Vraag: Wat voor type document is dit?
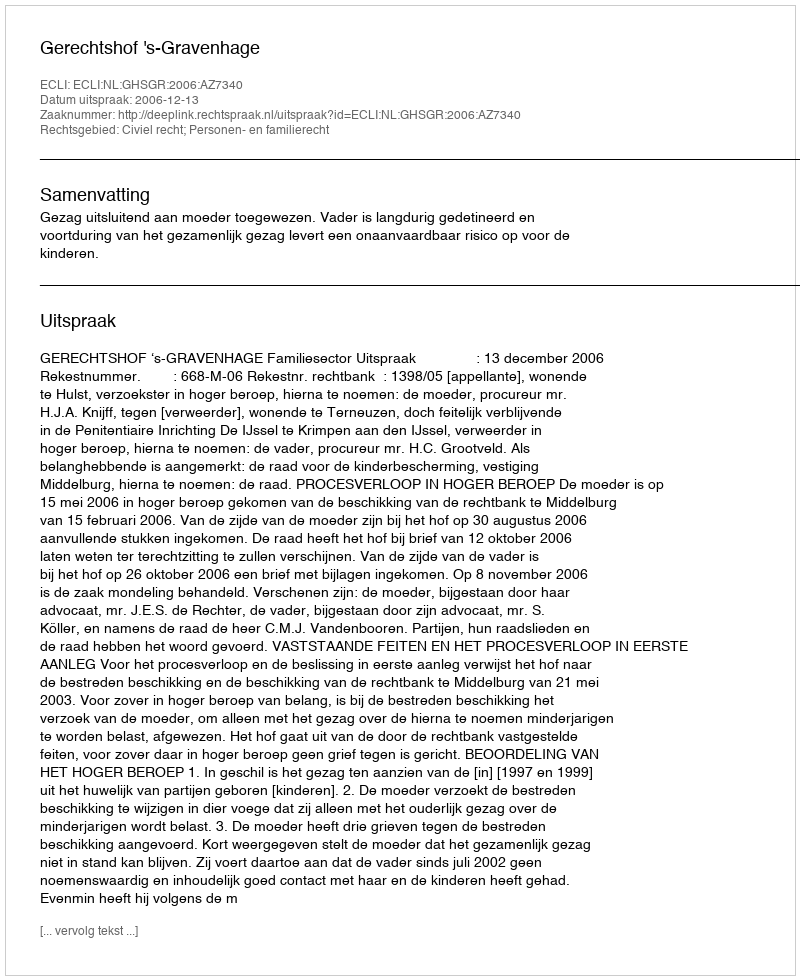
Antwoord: Uitspraak